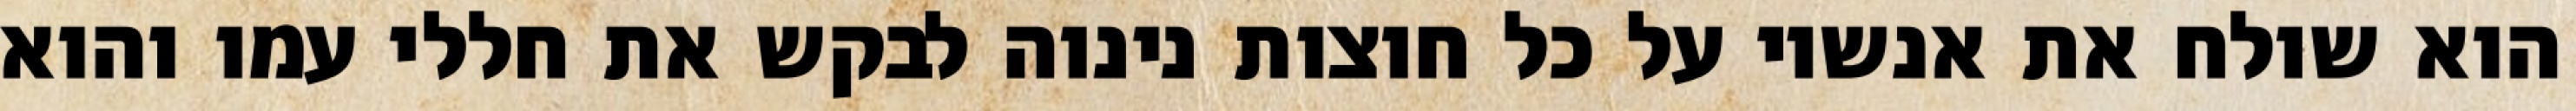
הוא שולח את אנשיו על כל חוצות נינוה לבקש את חללי עמו והוא